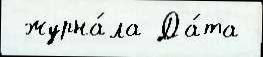
 журна́ла Да́та